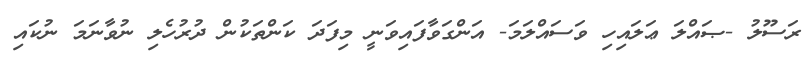
ރަސޫލު -ޞައްލަ ޢަލައިހި ވަސައްލަމަ- އަންގަވާފައިވަނީ މިފަދަ ކަންތަކުން ދުރުހެލި ނުވާނަމަ ނުކައި